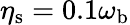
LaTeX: \eta_{\mathrm{s}}=0.1\omega_{\mathrm{b}}